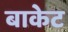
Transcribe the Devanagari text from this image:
बाकेट